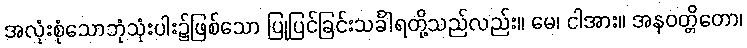
အလုံးစုံသောဘုံသုံးပါး၌ဖြစ်သော ပြုပြင်ခြင်းသင်္ခါရတို့သည်လည်း။ မေ၊ ငါအား။ အနဝတ္တိတော၊